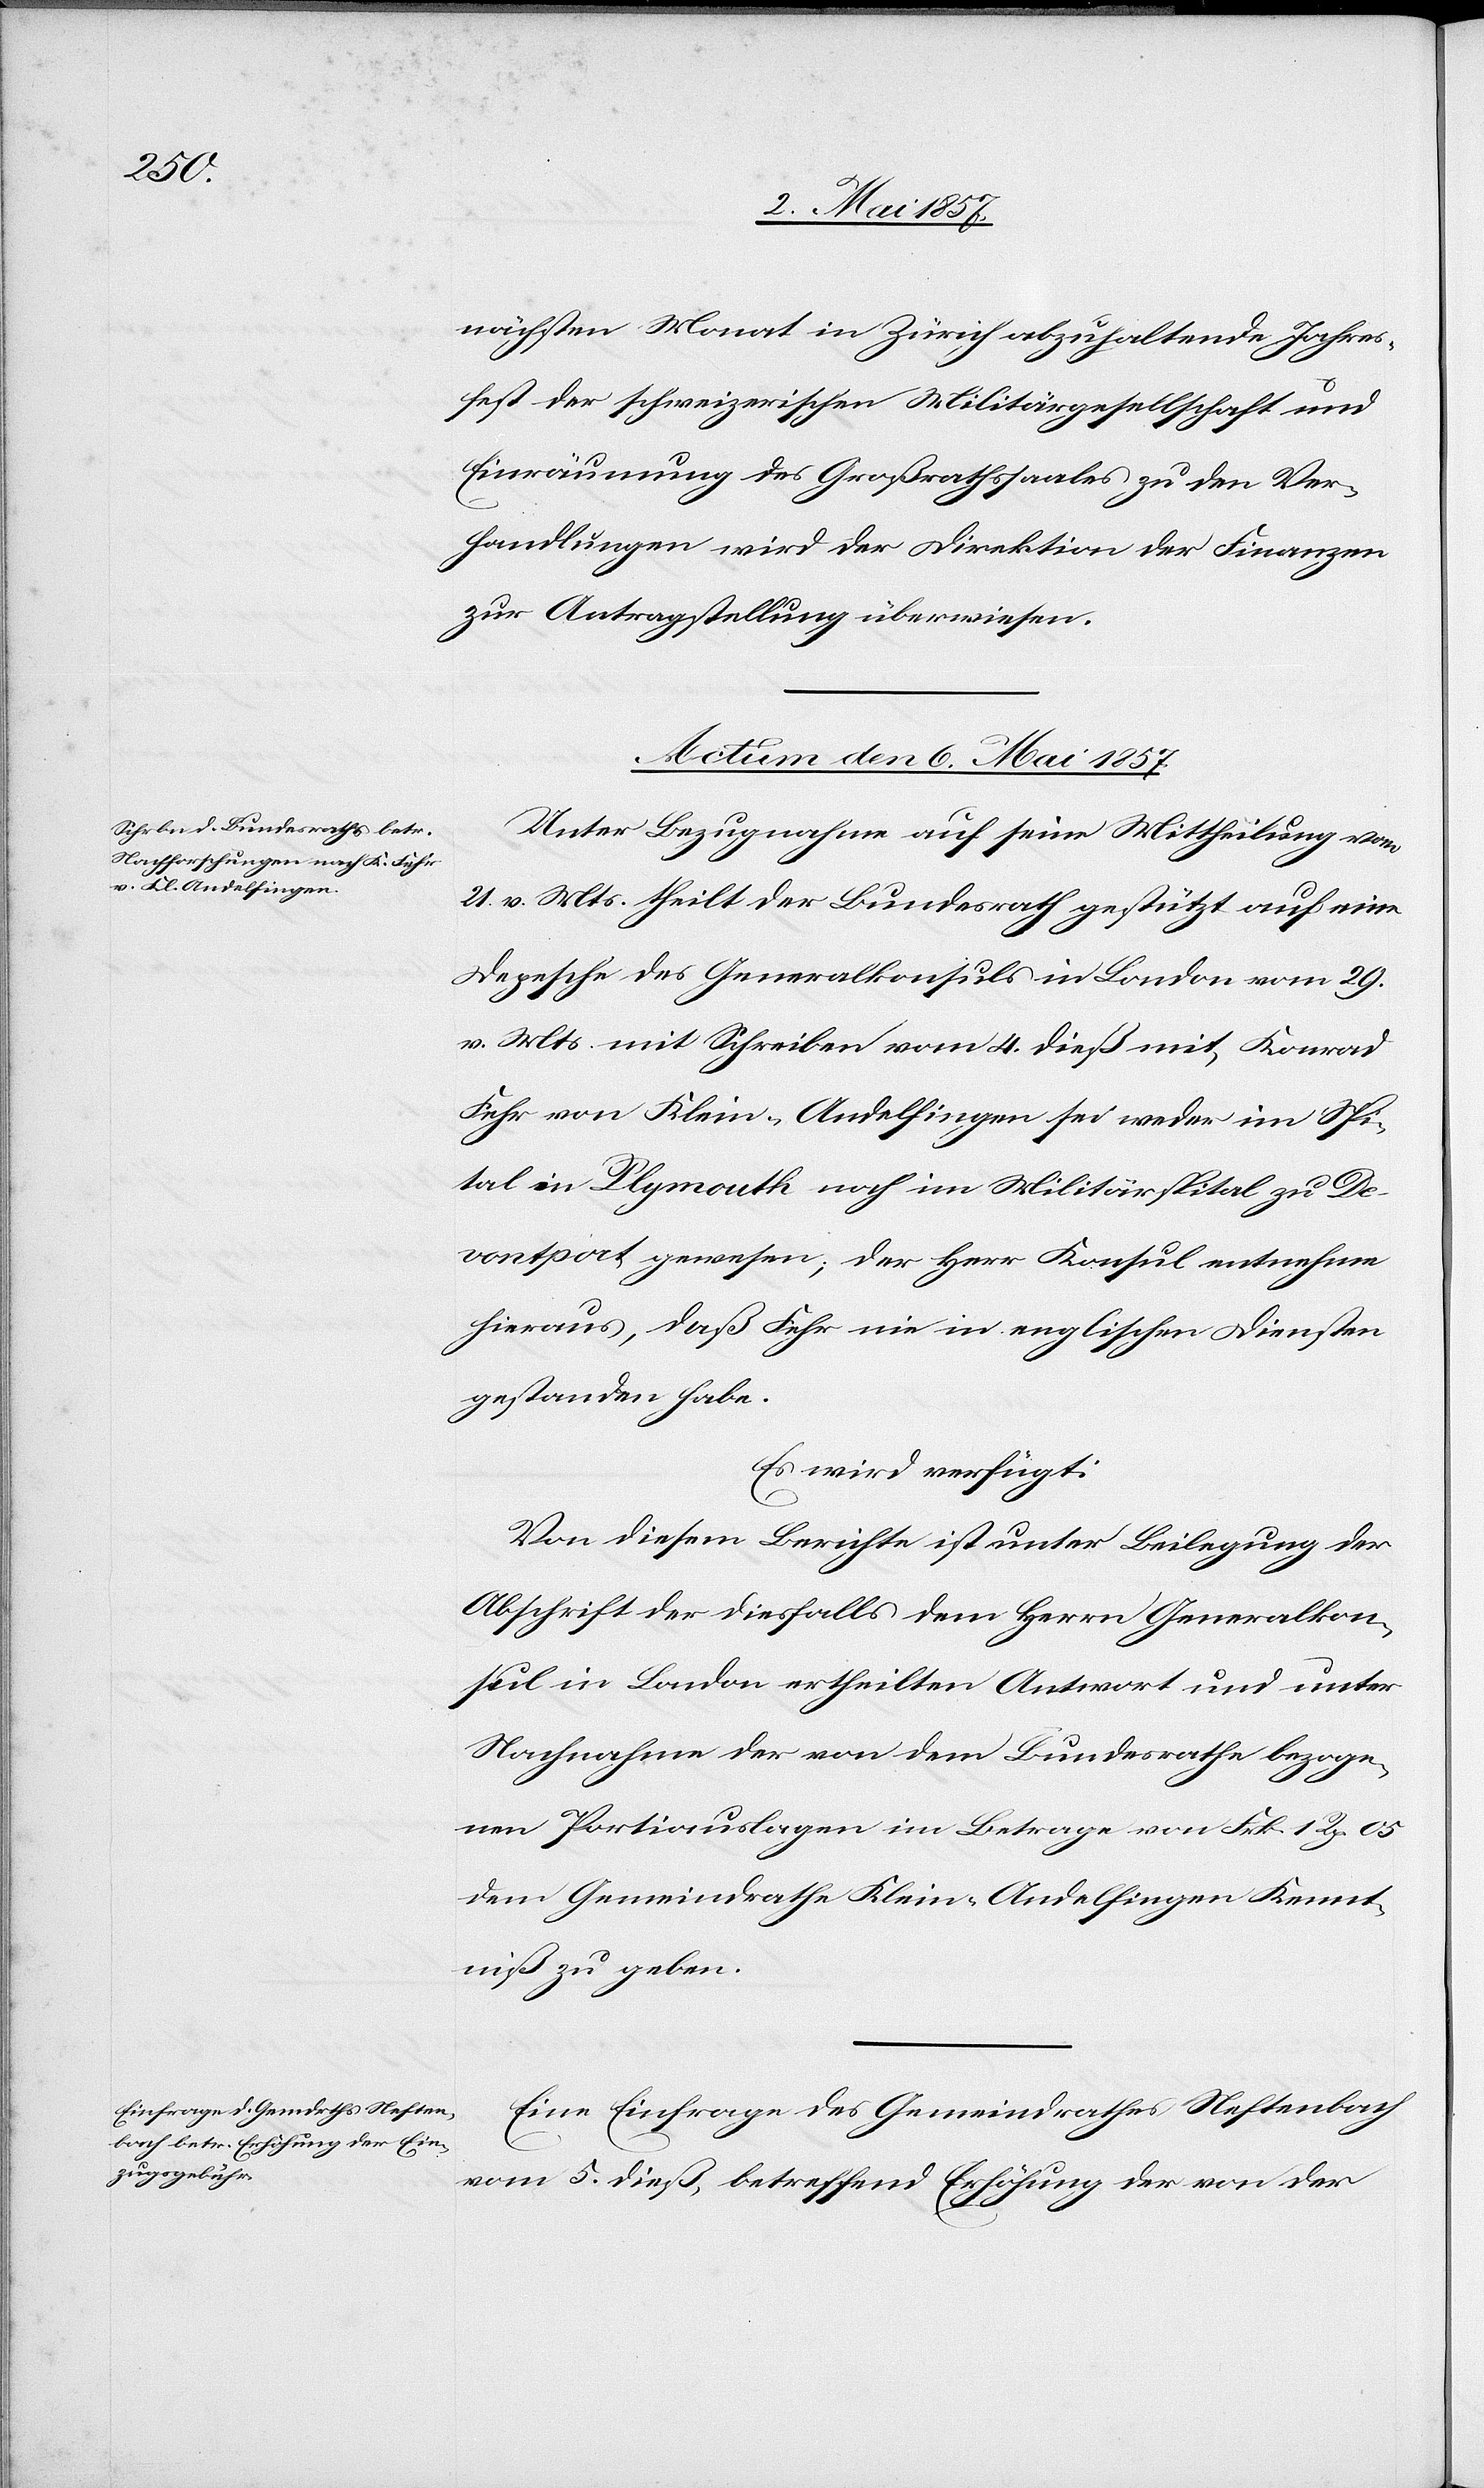
nächsten Monat in Zürich abzuhaltende Jahres¬
fest der schweizerischen Militärgesellschaft und
Einräumung des Großrathssaales zu den Ver¬
handlungen wird der Direktion der Finanzen
zur Antragstellung überwiesen.
Actum den 6 Mai 1857.]
Unter Bezugnahme auf seine Mittheilung vom
21 v. Mts. theilt der Bundesrath gestützt auf eine
Depesche des Generalkonsuls in London vom 29
v. Mts. mit Schreiben vom 4 dieß mit, Konrad
Fehr von Klein-Andelfingen sei weder im Spi¬
tal in Plymouth noch im Militärspital zu De¬
vontport gewesen, der Herr Konsul entnehmen
hieraus, daß Fehr nie in englischen Diensten
gestanden habe.
Es wird verfügt:
Von diesem Berichte ist unter Beilegung der
Abschrift der diesfalls dem Herrn Generalkon¬
sul in London ertheilten Antwort und unter
Nachnahme der von dem Bundesrathe bezoge¬
nen Portiauslagen im Betrage von Frk. 1 Rp 05
dem Gemeindrathe Klein-Andelfingen Kennt¬
niß zu geben.
Eine Einfrage des Gemeindrathes Neftenbach
vom 5 dieß, betreffend Erhöhung der von der